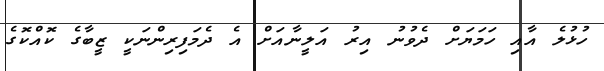
ހުޅުލެ އާއި ހަމަޔަށް ދެވުނު އިރު އަލީނާއަށް އެ ދެމަފިރިންނަކީ ޒީބާގެ ކޮއްކޮގެ